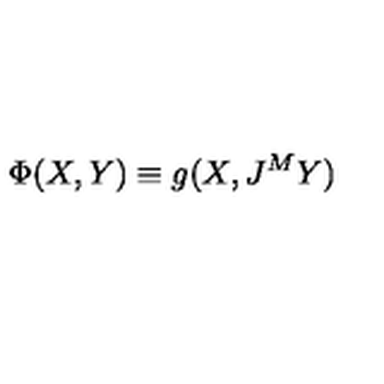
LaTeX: \Phi ( X , Y ) \equiv g ( X , J ^ { M } Y )